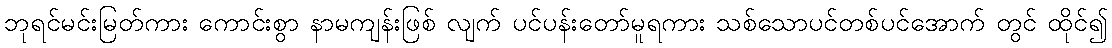
ဘုရင်မင်းမြတ်ကား ကောင်းစွာ နာမကျန်းဖြစ် လျက် ပင်ပန်းတော်မူရကား သစ်သောပင်တစ်ပင်အောက် တွင် ထိုင်၍